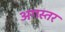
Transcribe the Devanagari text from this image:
अगस्तर